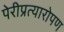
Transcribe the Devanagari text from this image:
पेरीप्रत्यारोपण